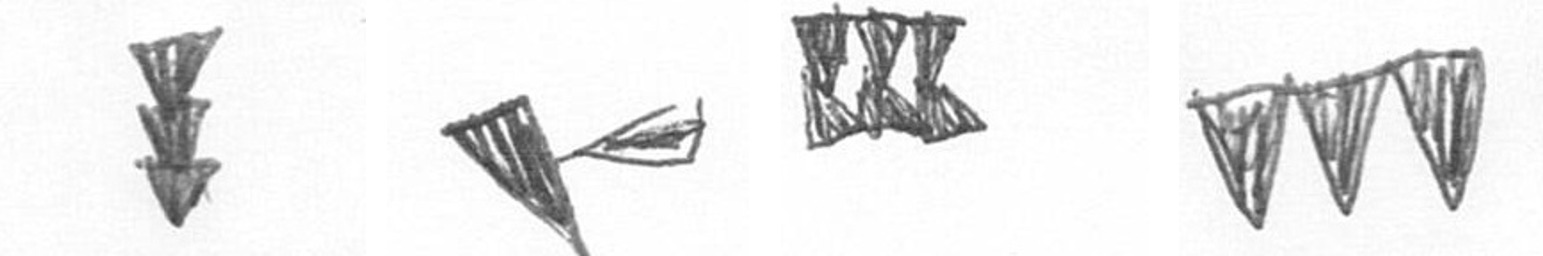
E F D L